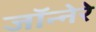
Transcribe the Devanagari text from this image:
जॉन्नेरे